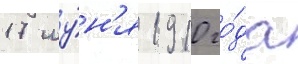
17 иу́н'я 1910 го́да